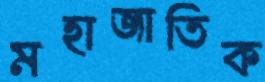
মহাজাতিক